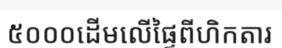
៥០០០ដើមលើផ្ទៃពីហិកតារ